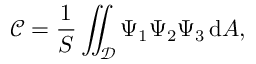
\mathscr { C } = \frac { 1 } { S } \iint _ { \mathcal { D } } \Psi _ { 1 } \Psi _ { 2 } \Psi _ { 3 } \, \mathrm { d } A ,